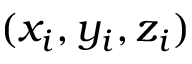
( x _ { i } , y _ { i } , z _ { i } )